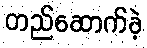
တည်ဆောက်ခဲ့